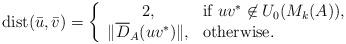
LaTeX: \begin{align*}{\rm dist}({\bar u}, {\bar v})=\left\{\begin{array}{cl}2, & \textrm{if $uv^*\not\in U_0(M_k(A))$,}\\ \|\overline{D}_A(uv^*)\|, & \textrm{otherwise}.\end{array}\right.\end{align*}